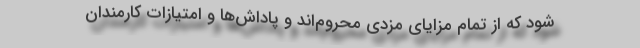
شود که از تمام مزایای مزدی محروم‌اند و پاداش‌ها و امتیازات کارمندان